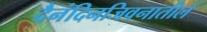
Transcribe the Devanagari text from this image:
दैनंदिनजिवनातील